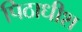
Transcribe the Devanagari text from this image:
पिठाधीश